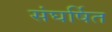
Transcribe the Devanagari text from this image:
संघर्षित